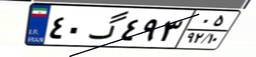
۴۰گ۴۹۳۰۵